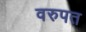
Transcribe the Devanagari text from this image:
वरुपत